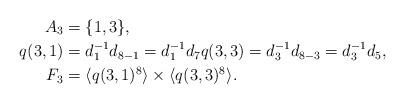
LaTeX: \begin{align*}A_3&=\{1,3\},\\q(3,1)&=d_1^{-1}d_{8-1}=d_1^{-1}d_7q(3,3)=d_3^{-1}d_{8-3}=d_3^{-1}d_5,\\F_3&=\langle q(3,1)^8\rangle\times\langle q(3,3)^8\rangle.\end{align*}